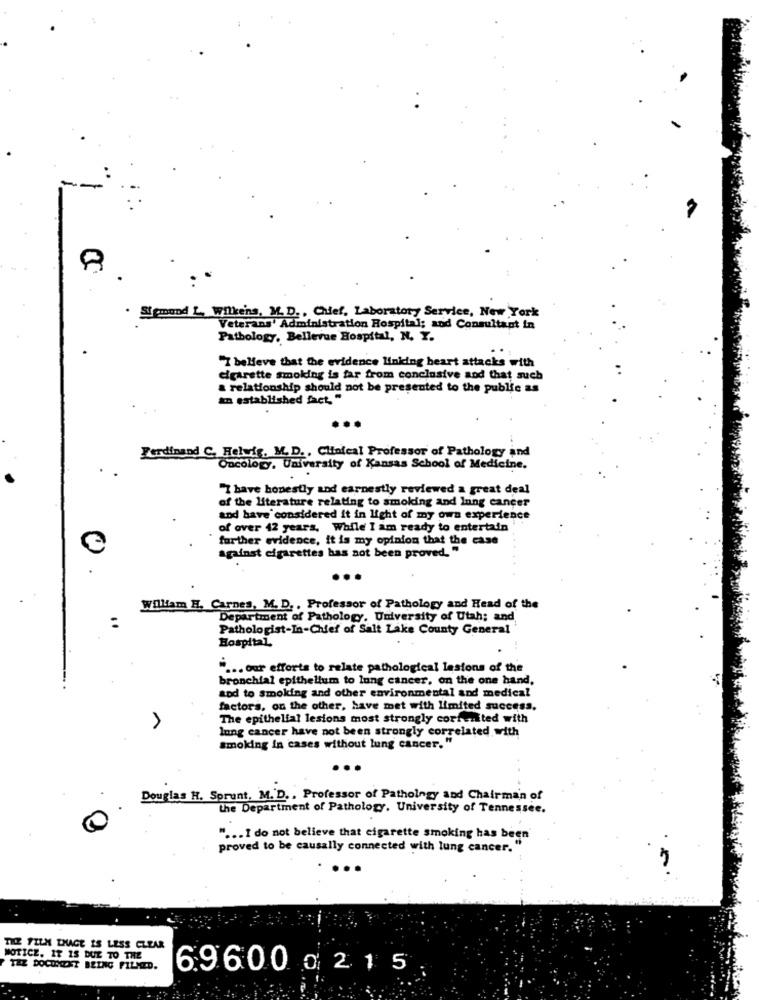
8
Sigmund L ., Wilkens, M. D ., Chief, Laboratory Service, New York
Veterans Administration Hospital; and Consultant in
Pathology, Bellevue Hospital, N. Y.
"I believe that the evidence linking heart attacks with
cigarette smoking is far from conclusive and that such
a relationship should not be presented to the public as
an established fact."
Ferdinand C. Helwig, M. D ., Clinical Professor of Pathology and
Oncology, University of Kansas School of Medicine.
"7 have honestly and earnestly reviewed a great deal
of the literature relating to smoking and lung cancer
and have considered it in light of my own experience
of over 42 years, While I am ready to entertain
further evidence, it is my opinion that the case
against cigarettes has not been proved."
William H. Carnes, M. D. , Professor of Pathology and Head of the
Department of Pathology. University of Utah: and
Pathologist-In-Chief of Salt Lake County General
Hospital
" ... our efforts to relate pathological lestons of the
bronchial epithelium to lung cancer, on the one hand.
aod to smoking and other environmental and medical
factors, on the other, have met with limited success.
>
The epithelial lesions most strongly corfunited with
lung cancer have not been strongly correlated with
smoking in cases without lung cancer. "
Douglas H. Sprunt, M. D. , Professor of Pathology and Chairman of
the Department of Pathology. University of Tennessee.
" ... I do not believe that cigarette smoking has been
proved to be causally connected with lung cancer.
...
THE FILM THAGE IS LESS CLEAR
MOTICE, IT IS DUE TO THE
TEZ DOCUMENT BEING FILMZD.
696000215